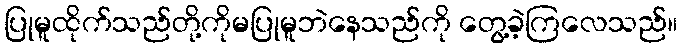
ပြုမူထိုက်သည်တို့ကိုမပြုမူဘဲနေသည်ကို တွေ့ခဲ့ကြလေသည်။